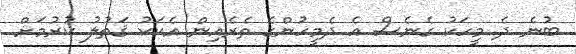
ބުނެ ދެ މީހަކު ގެނެސް އެ ދެމީހުންގެ ތެރެއިން އެކަކު ޤަތުލު ކުރުމަށް